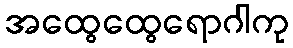
အထွေထွေရောဂါကု